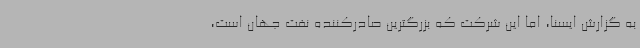
به گزارش ایسنا، اما این شرکت که بزرگترین صادرکننده نفت جهان است،